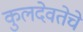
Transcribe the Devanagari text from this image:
कुलदेवतेचे